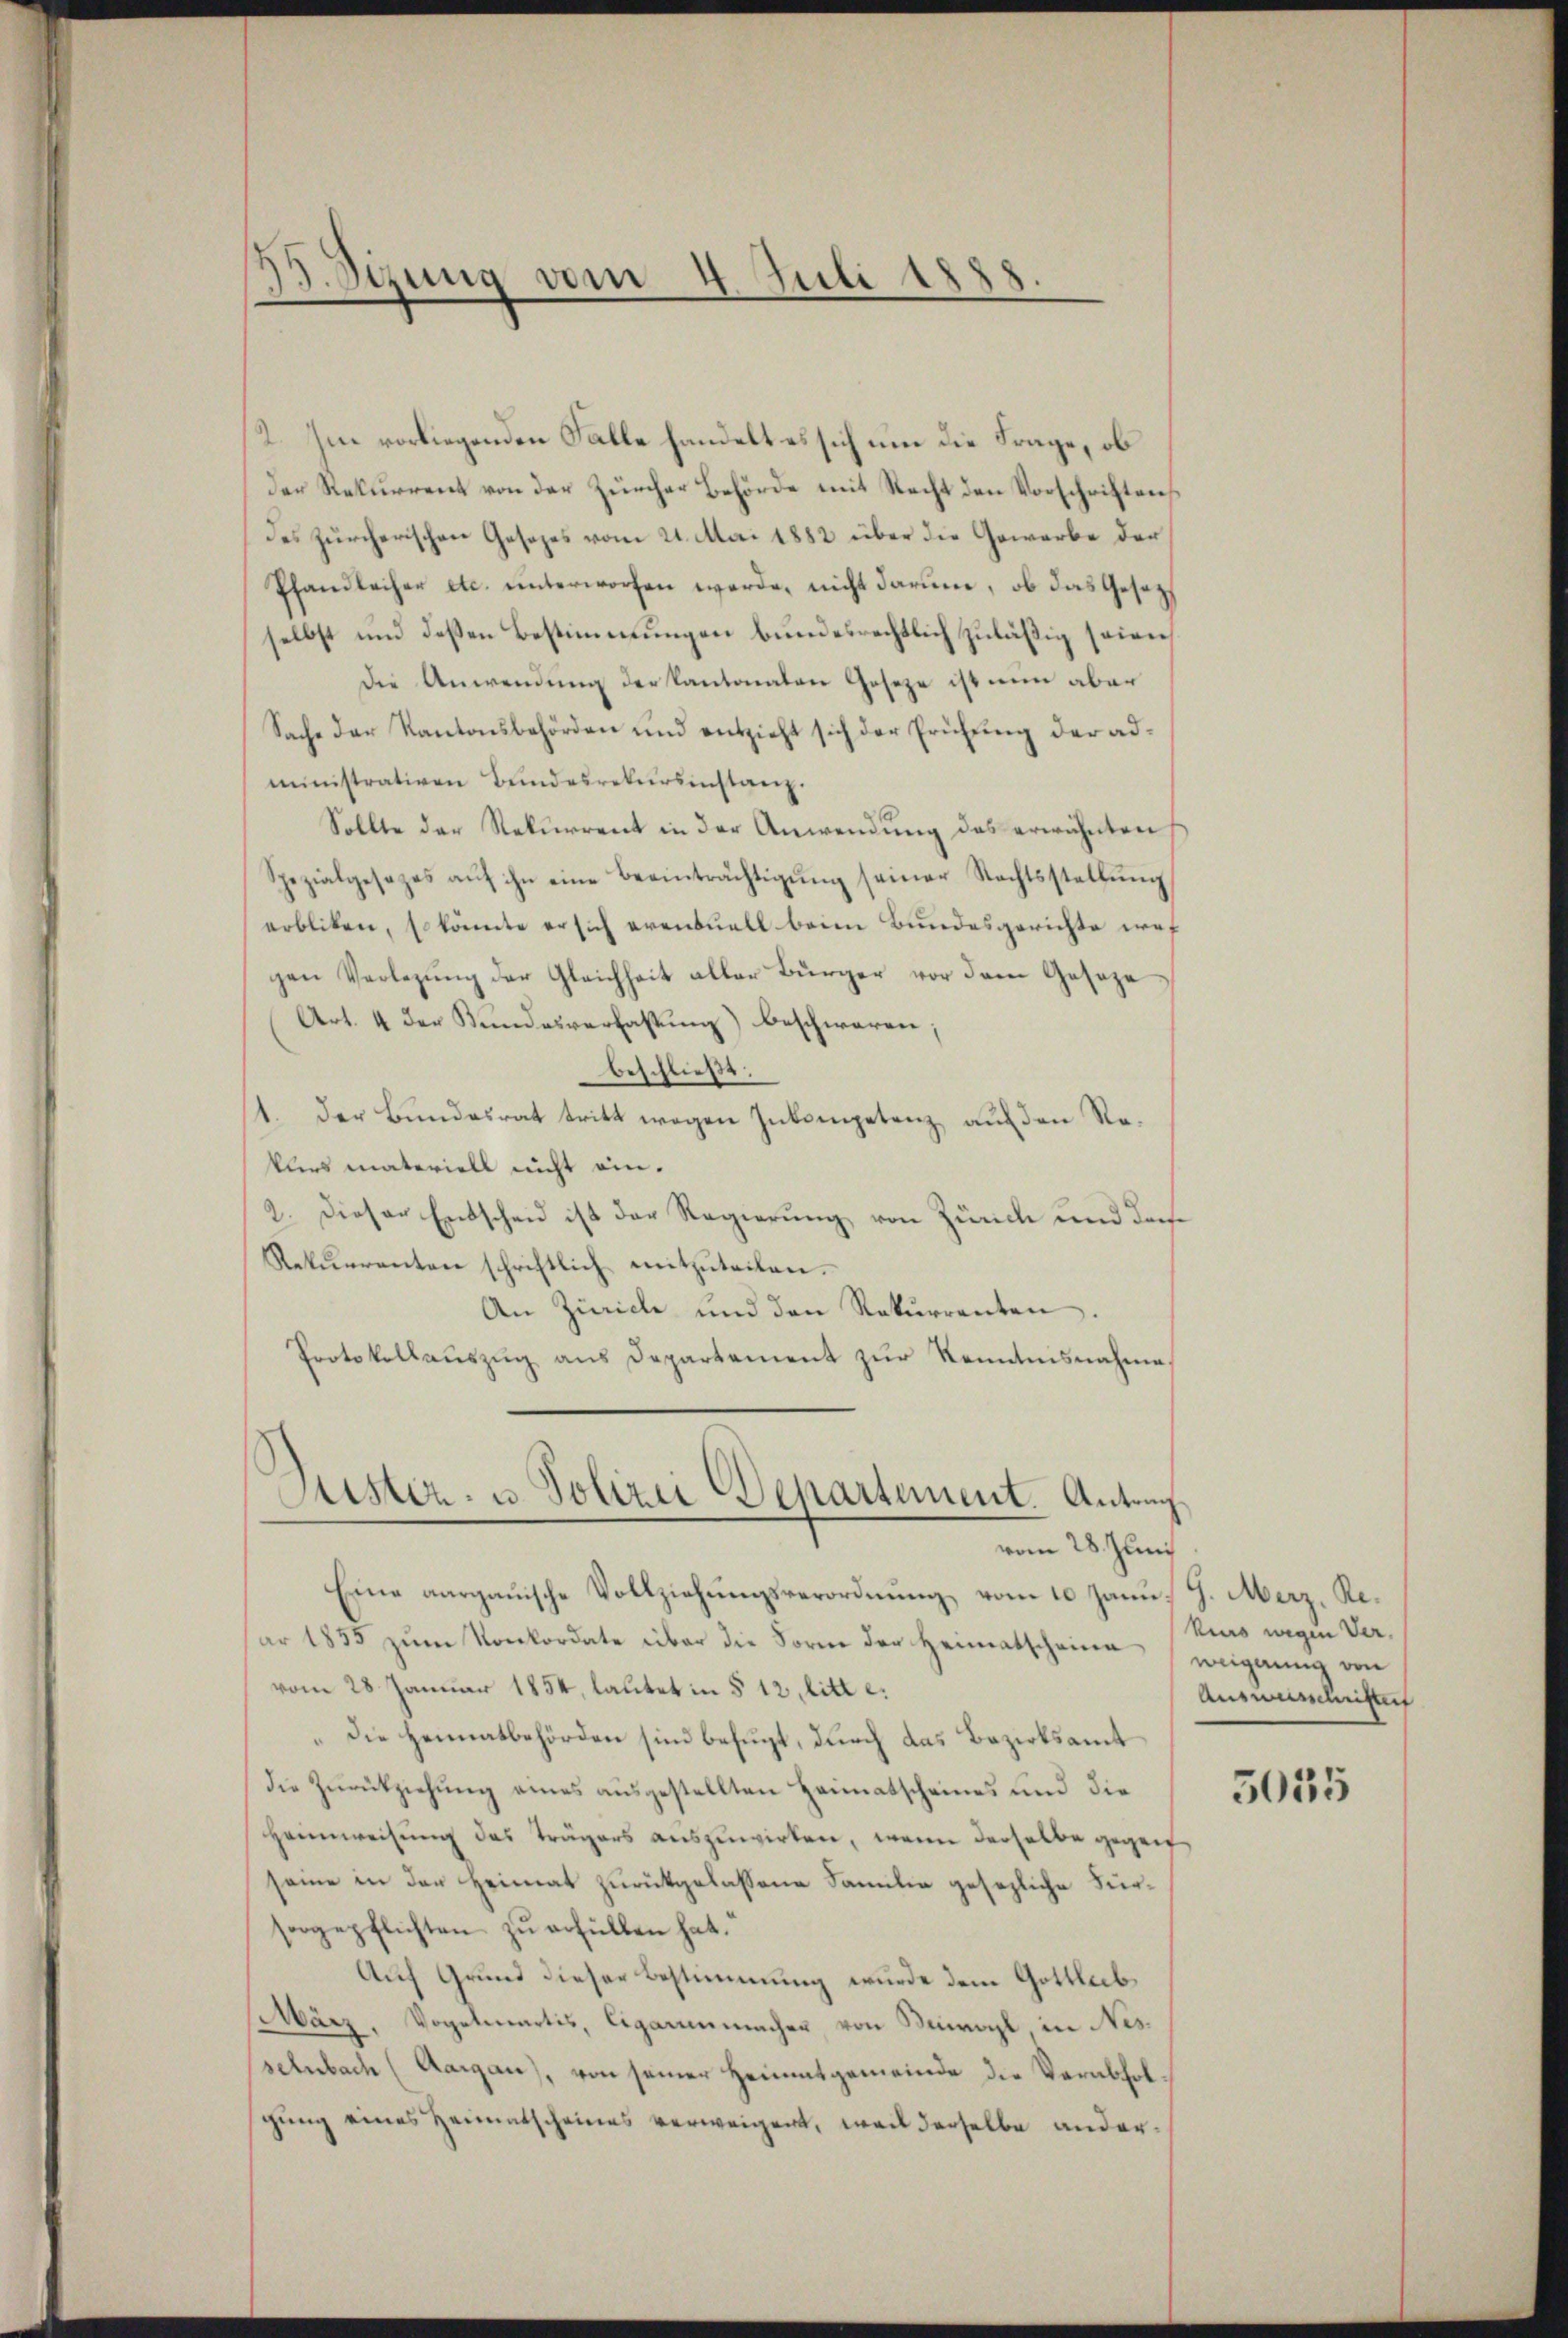
B Sizung vom 4. Juli 1888.

2. Im vorliegenden Falle handelt es sich um die Frage, ob
Der Rekurrent von der Zürcher Behörde mit Recht den Vorschriften
des zürcherischen Gesezes vom 21. Mai 1882 über die Gewerbe der
Pfandleiher etc. unterworfen werde, nicht darum, ob das Gesetzt
selbst und deßen Bestimmungen bundesrechtlich zuläßig seiner
Die Anwendung der Kantonaten Geseze ist nun aber
Sache der Kantonsbehörden und entzieht sich der Prüfung der administrativen Bŭndesrekŭrsinstanz.
Sollte der Rekurrent in der Anwendung des erwähnten
Spezialgesezes aŭf ihn eine Beeinträchtigŭng seiner Rechtsstellŭng
erbliken, so könnte er sich eventuell beim Bundesgerichte wes
gen Verlegung der Gleichheit aller Bürger vor dem Geseze
Art. 4 der Kundesverfassung) beschwaren;
beschließt:
1. Der Bundesrat tritt wegen Inkompetenz auf den Reklers materiell nicht ein¬
2. Dieser Entscheid ist der Regierung von Zürich und dasse
Rekurrenten schriftlich mitzŭteilen.
An Zürich und den Rekurrenten.
Protokollauszug aus Departement zur Renntnisnahme
Justiz- u. Polizei Departement. Antrag.
vom 28. Juni
Eine aargauische Vollziehungsverordnung vom 10. Janu, J. Merz, Rear 1835 zum Konkordate über die Form der Heimatscheine weignung von
vom 28. Januar 1854, lautet in § 12, litt e.
Die Heimatbehörden sind befugt, durch das Bezirksamt
die Zurückziehung eines ausgestellten Heimatscheines und die
Heimweisung des Trägers auszuwirken, wenn derselbe gegen
seine in der Heimat zurückgelassene Familie gesezliche Fürsorgepflichten zu erfüllen hat.
Auf Grund dieser Bestimmung wurde dem Gottleib¬
März. Vogelmartis, Cigarenmacher, von Kanal in Nesselnbach (Aargau), von seiner Heimatgemeinde die Verabfolgung eines Heimatscheines verweigert, weil derselbe ander¬

kurs wegen Ver¬
Auswüsschriften

5035